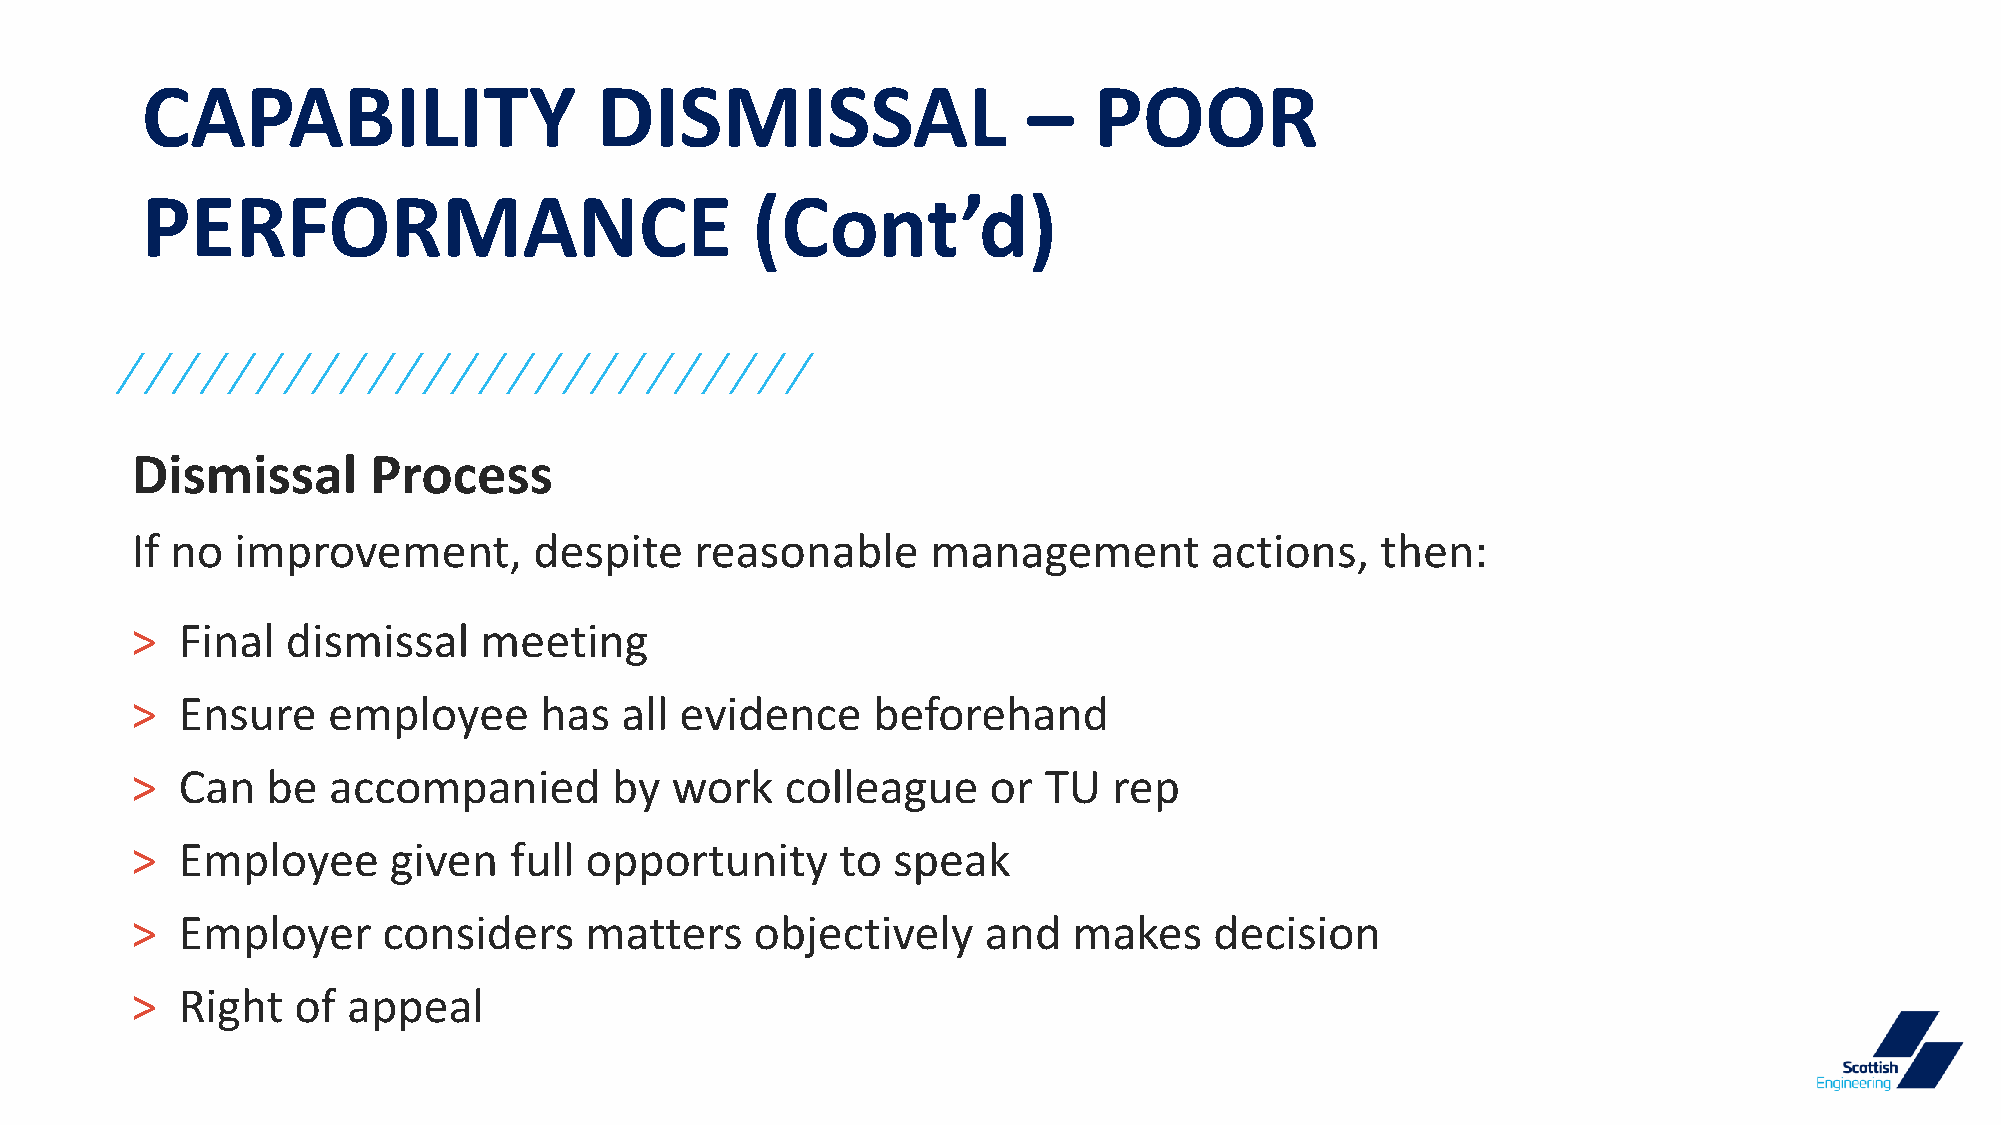
CAPABILITY                    DISMISSAL                    –   POOR
 PERFORMANCE                              (Cont’d)
 Dismissal       Process
 If no  improvement,       despite    reasonable      management        actions,   then:
 >  Final  dismissal    meeting
 >  Ensure    employee      has  all evidence     beforehand
 >  Can   be  accompanied       by  work    colleague    or  TU   rep
 >  Employee      given   full opportunity      to speak
 >  Employer     considers     matters    objectively    and   makes    decision
 >  Right  of  appeal